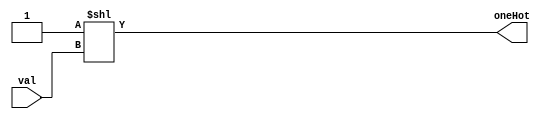
module GetOneHot(
    input [1:0] val,
    output reg [3:0] oneHot
);
    always@(*)
    begin
        oneHot <= (4'b1) << val;
    end
endmodule